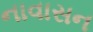
નાવાસન